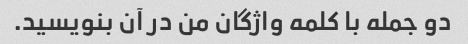
دو جمله با کلمه واژگان من در آن بنویسید.